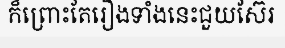
ក៏ព្រោះតែរឿងទាំងនេះជួយស៊ែរ